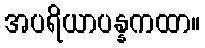
အပရိယာပန္နကထာ။